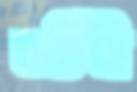
বর্তিনী